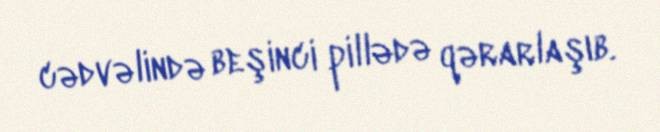
cədvəlində beşinci pillədə qərarlaşıb.